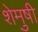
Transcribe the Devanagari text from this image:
शेमुषी